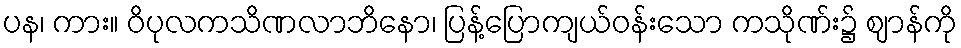
ပန၊ ကား။ ဝိပုလကသိဏလာဘိနော၊ ပြန့်ပြောကျယ်ဝန်းသော ကသိုဏ်း၌ ဈာန်ကို